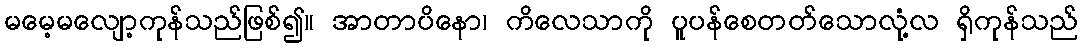
မမေ့မလျော့ကုန်သည်ဖြစ်၍။ အာတာပိနော၊ ကိလေသာကို ပူပန်စေတတ်သောလုံ့လ ရှိကုန်သည်